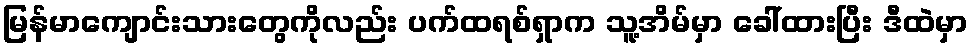
မြန်မာကျောင်းသားတွေကိုလည်း ပက်ထရစ်ရှာက သူ့အိမ်မှာ ခေါ်ထားပြီး ဒီထဲမှာ